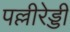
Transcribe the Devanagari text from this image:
पल्लीरेड्डी